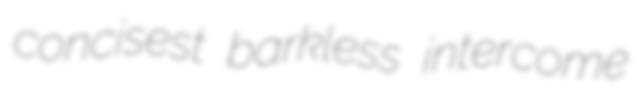
concisest barkless intercome